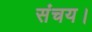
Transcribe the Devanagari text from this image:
संचय।